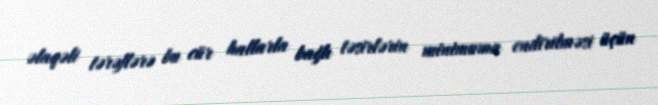
əlaqəli tərəflərə bu cür hallarla bağlı təsirlərin minimuma endirilməsi üçün